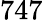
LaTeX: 747